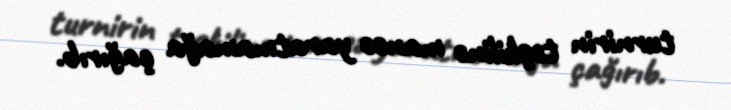
turnirin təşkilinə maneə yaratmamağa çağırıb.